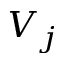
V _ { j }